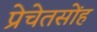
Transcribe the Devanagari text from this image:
प्रेचेतसोंह